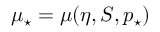
\mu _ { \star } = \mu ( \eta , S , p _ { \star } )